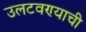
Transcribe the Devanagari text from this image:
उलटवण्याची